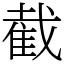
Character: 截